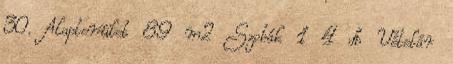
30. Alapterület 89 m2 Szobák 1 4 db Vételár